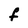
Character: f